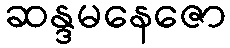
ဆန္ဒမနေဇော